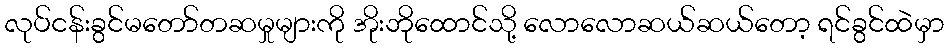
လုပ်ငန်းခွင်မတော်တဆမှုများကို အိုးဘိုထောင်သို့ လောလောဆယ်ဆယ်တော့ ရင်ခွင်ထဲမှာ